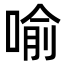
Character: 喻